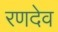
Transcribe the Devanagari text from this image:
रणदेव